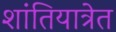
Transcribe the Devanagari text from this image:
शांतियात्रेत